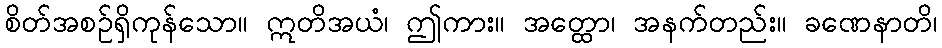
စိတ်အစဉ်ရှိကုန်သော။ ဣတိအယံ၊ ဤကား။ အတ္ထော၊ အနက်တည်း။ ခဏေနာတိ၊